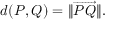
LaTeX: d ( P , Q ) = \| { \overrightarrow { P Q } } \| .